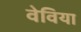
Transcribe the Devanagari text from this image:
वेविया